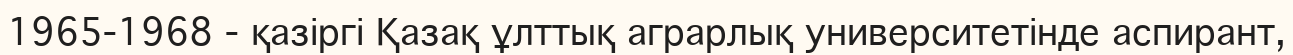
1965-1968 - қазіргі Қазақ ұлттық аграрлық университетінде аспирант,